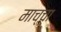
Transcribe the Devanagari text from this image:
माच्चा